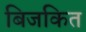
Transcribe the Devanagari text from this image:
बिजकित